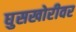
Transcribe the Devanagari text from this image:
घुसखोरीवर